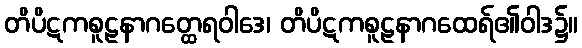
တိပိဋကစူဠနာဂတ္ထေရဝါဒေ၊ တိပိဋကစူဠနာဂထေရ်၏ဝါဒ၌။